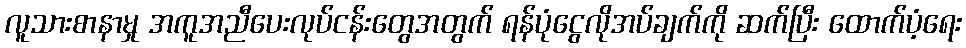
လူသားစာနာမှု အကူအညီပေးလုပ်ငန်းတွေအတွက် ရန်ပုံငွေလိုအပ်ချက်ကို ဆက်ပြီး ထောက်ပံ့ရေး